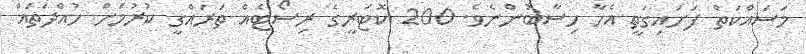
މަސައްކަތް ފަށައިގަތީ އެހާ ހިސާބުންނެވެ. 200 ކޮޓަރީގެ ރިސޯޓެއް ތަރައްގީ ކުރުމަށް ހުއްދަތައް